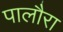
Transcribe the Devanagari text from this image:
पालौरा